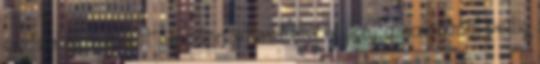
győzelem mellett egy döntetlent ért el, két alkalommal pedig